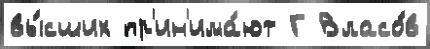
вы́сших пр'ин'има́ют Г Власо́в